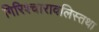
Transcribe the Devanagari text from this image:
गिरिश्चारावलिस्तथा